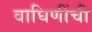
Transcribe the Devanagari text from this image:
वाघिणींची